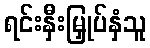
ရင်းနှီးမြှုပ်နှံသူ